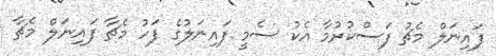
ފައިނަލް މެޗު ފަސްކުރުމާ އެކު ސެމީ ފައިނަލުގެ ފަހު މެޗާ ފައިނަލް މެޗާ